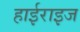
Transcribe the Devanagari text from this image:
हाईराइज